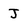
Character: J